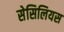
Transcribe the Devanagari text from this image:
सेसिलियस